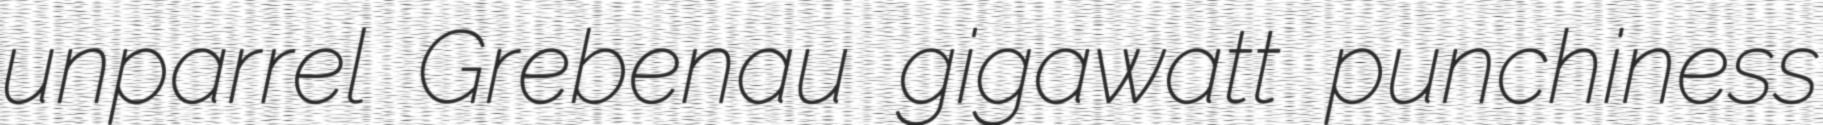
unparrel Grebenau gigawatt punchiness